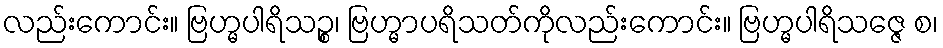
လည်းကောင်း။ ဗြဟ္မပါရိသဉ္စ၊ ဗြဟ္မာပရိသတ်ကိုလည်းကောင်း။ ဗြဟ္မပါရိသဇ္ဇေ စ၊